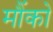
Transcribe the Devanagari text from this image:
मौंको